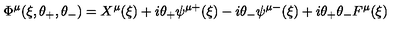
\Phi ^ { \mu } ( \xi , \theta _ { + } , \theta _ { - } ) = X ^ { \mu } ( \xi ) + i \theta _ { + } \psi ^ { \mu + } ( \xi ) - i \theta _ { - } \psi ^ { \mu - } ( \xi ) + i \theta _ { + } \theta _ { - } F ^ { \mu } ( \xi )